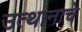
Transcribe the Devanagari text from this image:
उत्थानाचे